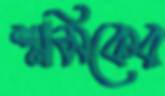
শ্রমিকের